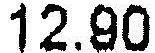
12.90